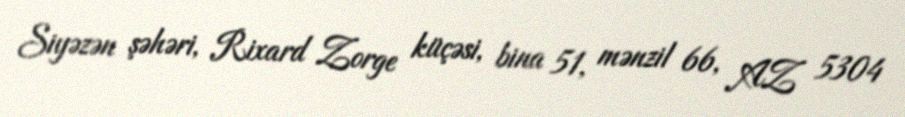
Siyəzən şəhəri, Rixard Zorge küçəsi, bina 51, mənzil 66, AZ 5304